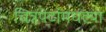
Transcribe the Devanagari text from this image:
चित्रपटांमधल्या